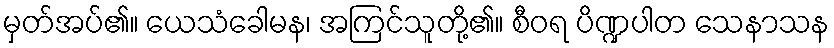
မှတ်အပ်၏။ ယေသံခေါမန၊ အကြင်သူတို့၏။ စီဝရ ပိဏ္ဍပါတ သေနာသန